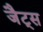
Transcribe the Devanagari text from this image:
जैट्स